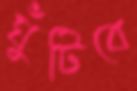
ঘুঁটিবে